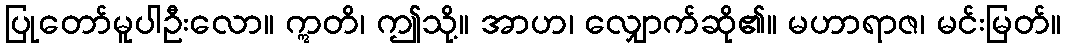
ပြုတော်မူပါဦးလော။ ဣတိ၊ ဤသို့။ အာဟ၊ လျှောက်ဆို၏။ မဟာရာဇ၊ မင်းမြတ်။